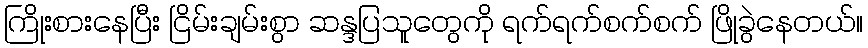
ကြိုးစားနေပြီး ငြိမ်းချမ်းစွာ ဆန္ဒပြသူတွေကို ရက်ရက်စက်စက် ဖြိုခွဲနေတယ်။